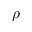
\rho